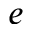
e